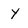
Character: y